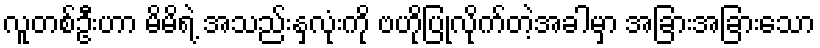
လူတစ်ဦးဟာ မိမိရဲ့ အသည်းနှလုံးကို ဗဟိုပြုလိုက်တဲ့အခါမှာ အခြားအခြားသော